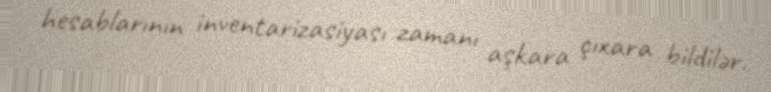
hesablarının inventarizasiyası zamanı aşkara çıxara bildilər.